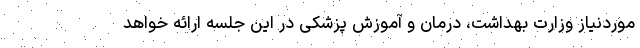
موردنیاز وزارت بهداشت، درمان و آموزش پزشکی در این جلسه ارائه خواهد